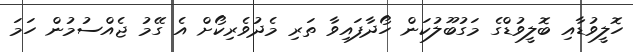
ހޮލީވުޑާއި ބޮލީވުޑްގެ މަގުބޫލުކަން ހޯދާފައިވާ ތަރި މެދުވެރިކޯށް އެ ގޭމު ޖެއްސުމުން ހަމަ